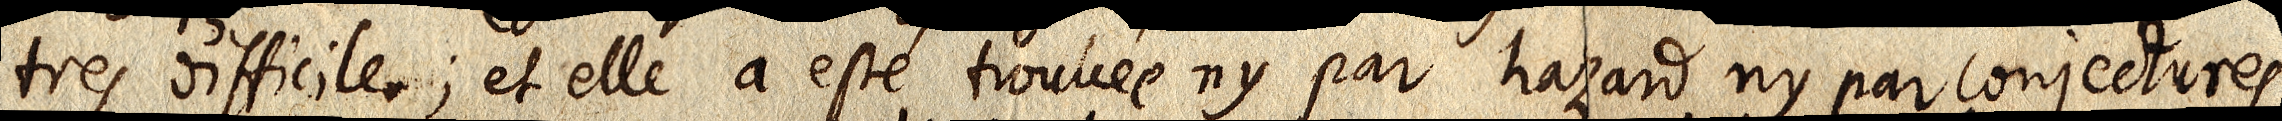
tres difficile; et elle a esté trouvée ny par hazard, ny par conjectures,